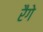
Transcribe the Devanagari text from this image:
रैगे